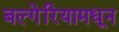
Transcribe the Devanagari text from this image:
बल्गेरियामधून